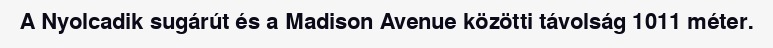
A Nyolcadik sugárút és a Madison Avenue közötti távolság 1011 méter.